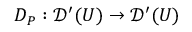
D _ { P } : { \mathcal { D } } ^ { \prime } ( U ) \to { \mathcal { D } } ^ { \prime } ( U )